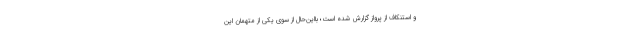
و استنکاف از پرواز گزارش شده است؛ بااین‌حال از سوی یکی از متهمان این